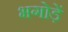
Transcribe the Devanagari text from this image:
भगोड़ें